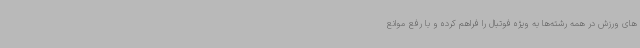
های ورزش در همه رشته‌ها به ویژه فوتبال را فراهم کرده و با رفع موانع